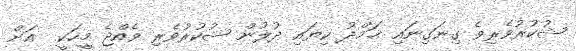
ޝުކުރުވެރިވެ ގިނަގިނައި ޙަމްދު ކިޔައި ދުލުން ޝުކުރުވެރި ވެއްޖެ މީހަކީ  އަށް